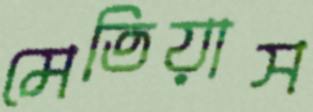
মেতিয়াস